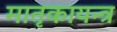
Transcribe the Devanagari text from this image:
मातृकायन्त्र